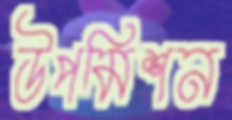
উপমিশন